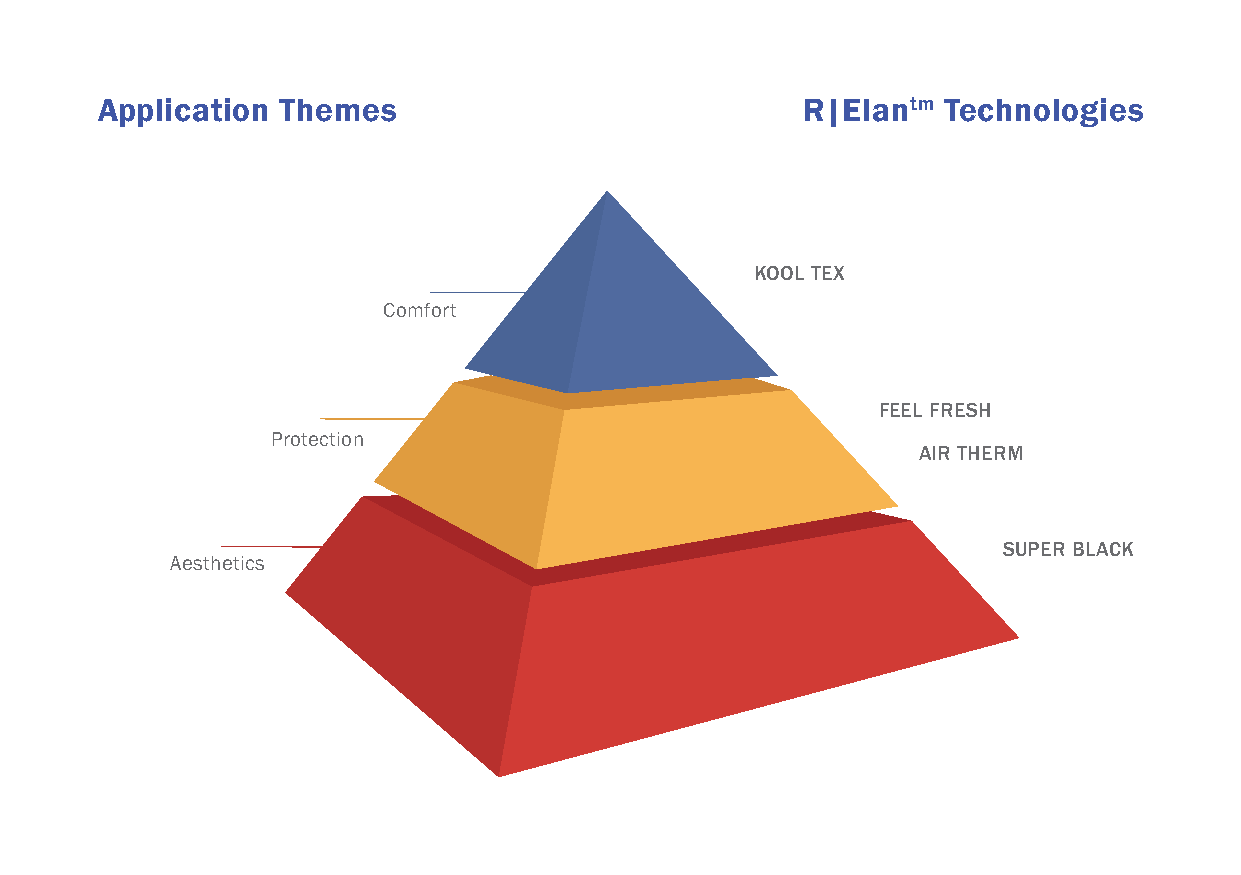
Application  Themes                            R|Elantm Technologies
 KOOL TEX
 Comfort
 FEEL FRESH
 Protection
 AIR THERM
 SUPER BLACK
 Aesthetics